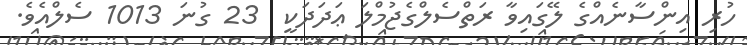
ހުރި އިންސާނެއްގެ ލޭގައިވާ ރަތްސެލްގެޖުމްލަ ޢަދަދަކީ  23 ގުނަ 1013 ސެލްއެވެ.